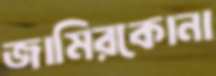
জামিরকোনা